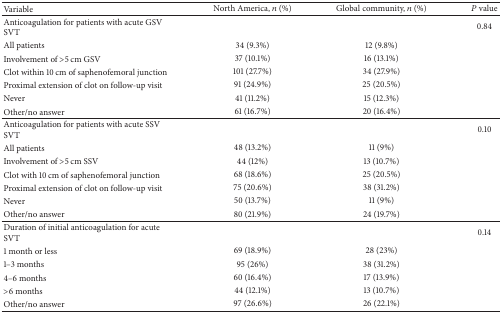
<table><thead><tr><td><b>Variable</b></td><td><b>North America, <i>n</i> (%)</b></td><td><b>Global community, <i>n</i> (%)</b></td><td><b><i>P</i> value</b></td></tr></thead><tbody><tr><td>Anticoagulation for patients with acute GSV SVT</td><td> </td><td> </td><td>0.84</td></tr><tr><td>All patients</td><td>34 (9.3%)</td><td>12 (9.8%)</td><td> </td></tr><tr><td>Involvement of &gt;5 cm GSV</td><td>37 (10.1%)</td><td>16 (13.1%)</td><td> </td></tr><tr><td>Clot within 10 cm of saphenofemoral junction</td><td>101 (27.7%)</td><td>34 (27.9%)</td><td> </td></tr><tr><td>Proximal extension of clot on follow-up visit</td><td>91 (24.9%)</td><td>25 (20.5%)</td><td> </td></tr><tr><td>Never</td><td>41 (11.2%)</td><td>15 (12.3%)</td><td> </td></tr><tr><td>Other/no answer</td><td>61 (16.7%)</td><td>20 (16.4%)</td><td> </td></tr><tr><td>Anticoagulation for patients with acute SSV SVT</td><td> </td><td> </td><td>0.10</td></tr><tr><td>All patients </td><td>48 (13.2%)</td><td>11 (9%)</td><td> </td></tr><tr><td>Involvement of &gt;5 cm SSV</td><td>44 (12%)</td><td>13 (10.7%)</td><td> </td></tr><tr><td>Clot with 10 cm of saphenofemoral junction</td><td>68 (18.6%)</td><td>25 (20.5%)</td><td> </td></tr><tr><td>Proximal extension of clot on follow-up visit</td><td>75 (20.6%)</td><td>38 (31.2%)</td><td> </td></tr><tr><td>Never</td><td>50 (13.7%)</td><td>11 (9%)</td><td> </td></tr><tr><td>Other/no answer</td><td>80 (21.9%)</td><td>24 (19.7%)</td><td> </td></tr><tr><td>Duration of initial anticoagulation for acute SVT</td><td> </td><td> </td><td>0.14</td></tr><tr><td>1 month or less</td><td>69 (18.9%)</td><td>28 (23%)</td><td> </td></tr><tr><td>1–3 months</td><td>95 (26%)</td><td>38 (31.2%)</td><td> </td></tr><tr><td>4–6 months</td><td>60 (16.4%)</td><td>17 (13.9%)</td><td> </td></tr><tr><td>&gt;6 months</td><td>44 (12.1%)</td><td>13 (10.7%)</td><td> </td></tr><tr><td>Other/no answer</td><td>97 (26.6%)</td><td>26 (22.1%)</td><td> </td></tr></tbody></table>